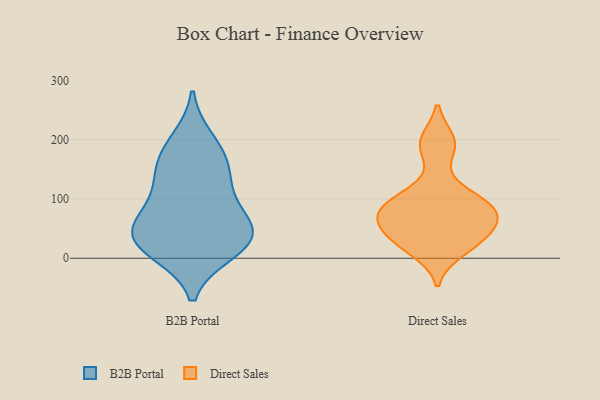
{"axis": {"x": "Gross Profit (USD K)", "y": "Value"}, "legend": ["B2B Portal", "Direct Sales"], "data": [{"x": "", "y": 27, "type": "B2B Portal"}, {"x": "", "y": 12, "type": "B2B Portal"}, {"x": "", "y": 171, "type": "B2B Portal"}, {"x": "", "y": 127, "type": "B2B Portal"}, {"x": "", "y": 57, "type": "B2B Portal"}, {"x": "", "y": 54, "type": "B2B Portal"}, {"x": "", "y": 60, "type": "B2B Portal"}, {"x": "", "y": 157, "type": "B2B Portal"}, {"x": "", "y": 19, "type": "B2B Portal"}, {"x": "", "y": 198, "type": "B2B Portal"}, {"x": "", "y": 109, "type": "B2B Portal"}, {"x": "", "y": 34, "type": "B2B Portal"}, {"x": "", "y": 44, "type": "Direct Sales"}, {"x": "", "y": 106, "type": "Direct Sales"}, {"x": "", "y": 30, "type": "Direct Sales"}, {"x": "", "y": 14, "type": "Direct Sales"}, {"x": "", "y": 34, "type": "Direct Sales"}, {"x": "", "y": 71, "type": "Direct Sales"}, {"x": "", "y": 197, "type": "Direct Sales"}, {"x": "", "y": 77, "type": "Direct Sales"}, {"x": "", "y": 73, "type": "Direct Sales"}, {"x": "", "y": 80, "type": "Direct Sales"}, {"x": "", "y": 188, "type": "Direct Sales"}, {"x": "", "y": 99, "type": "Direct Sales"}]}